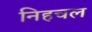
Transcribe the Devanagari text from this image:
निहचल